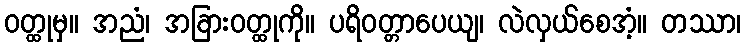
ဝတ္ထုမှ။ အညံ၊ အခြားဝတ္ထုကို။ ပရိဝတ္တာပေယျ၊ လဲလှယ်စေအံ့။ တဿာ၊